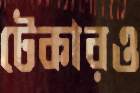
টেকারও